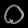
Digit: ၀